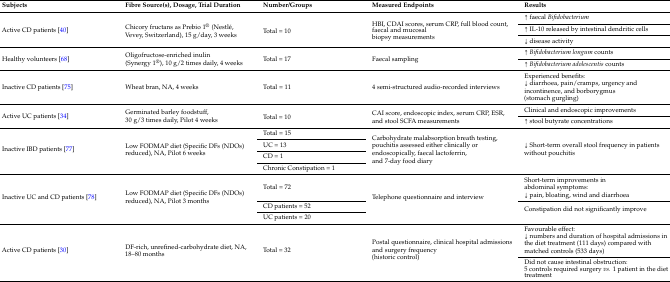
<table><thead><tr><td><b>Subjects</b></td><td><b>Fibre Source(s), Dosage, Trial Duration</b></td><td><b>Number/Groups</b></td><td><b>Measured Endpoints</b></td><td><b>Results</b></td></tr></thead><tbody><tr><td rowspan="3">Active CD patients [40]</td><td rowspan="3">Chicory fructans as Prebio 1<sup>®</sup> (Nestlé, Vevey, Switzerland), 15 g/day, 3 weeks</td><td rowspan="3">Total = 10</td><td rowspan="3">HBI, CDAI scores, serum CRP, full blood count, faecal and mucosal biopsy measurements</td><td>↑ faecal <i>Bifidobacterium</i></td></tr><tr><td>↑ IL-10 released by intestinal dendritic cells</td></tr><tr><td>↓ disease activity</td></tr><tr><td rowspan="2">Healthy volunteers [68]</td><td rowspan="2">Oligofructose-enriched inulin (Synergy 1<sup>®</sup>), 10 g/2 times daily, 4 weeks</td><td rowspan="2">Total = 17</td><td rowspan="2">Faecal sampling</td><td>↑ <i>Bifidobacterium longum</i> counts</td></tr><tr><td>↑ <i>Bifidobacterium adolescentis</i> counts</td></tr><tr><td>Inactive CD patients [75]</td><td>Wheat bran, NA, 4 weeks</td><td>Total = 11</td><td>4 semi-structured audio-recorded interviews</td><td>Experienced benefits: ↓ diarrhoea, pain/cramps, urgency and incontinence, and borborygmus (stomach gurgling)</td></tr><tr><td rowspan="2">Active UC patients [34]</td><td rowspan="2">Germinated barley foodstuff, 30 g/3 times daily, Pilot 4 weeks</td><td rowspan="2">Total = 10</td><td rowspan="2">CAI score, endoscopic index, serum CRP, ESR, and stool SCFA measurements</td><td>Clinical and endoscopic improvements</td></tr><tr><td>↑ stool butyrate concentrations</td></tr><tr><td rowspan="4">Inactive IBD patients [77]</td><td rowspan="4">Low FODMAP diet (Specific DFs (NDOs) reduced), NA, Pilot 6 weeks</td><td>Total = 15</td><td rowspan="4">Carbohydrate malabsorption breath testing, pouchitis assessed either clinically or endoscopically, faecal lactoferrin, and 7-day food diary</td><td rowspan="4">↓ Short-term overall stool frequency in patients without pouchitis</td></tr><tr><td>UC = 13</td></tr><tr><td>CD = 1</td></tr><tr><td>Chronic Constipation = 1</td></tr><tr><td rowspan="3">Inactive UC and CD patients [78]</td><td rowspan="3">Low FODMAP diet (Specific DFs (NDOs) reduced), NA, Pilot 3 months</td><td>Total = 72</td><td rowspan="3">Telephone questionnaire and interview</td><td>Short-term improvements in abdominal symptoms: ↓ pain, bloating, wind and diarrhoea</td></tr><tr><td>CD patients = 52</td><td rowspan="2">Constipation did not significantly improve</td></tr><tr><td>UC patients = 20</td></tr><tr><td rowspan="2">Active CD patients [30]</td><td rowspan="2">DF-rich, unrefined-carbohydrate diet, NA, 18–80 months</td><td rowspan="2">Total = 32</td><td rowspan="2">Postal questionnaire, clinical hospital admissions and surgery frequency (historic control)</td><td>Favourable effect: ↓ numbers and duration of hospital admissions in the diet treatment (111 days) compared with matched controls (533 days)</td></tr><tr><td>Did not cause intestinal obstruction: 5 controls required surgery <i>vs.</i> 1 patient in the diet treatment</td></tr></tbody></table>